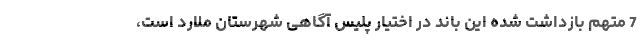
7 متهم بازداشت شده این باند در اختیار پلیس آگاهی شهرستان ملارد است،